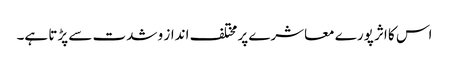
اس کا اثر پورے معاشرے پر مختلف انداز و شدت سے پڑتا ہے۔